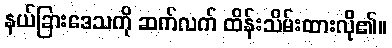
နယ်ခြားဒေသကို ဆက်လက် ထိန်းသိမ်းထားလို၏။